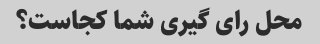
محل رای گیری شما کجاست؟